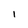
Character: 1